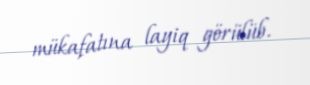
mükafatına layiq görülüb.